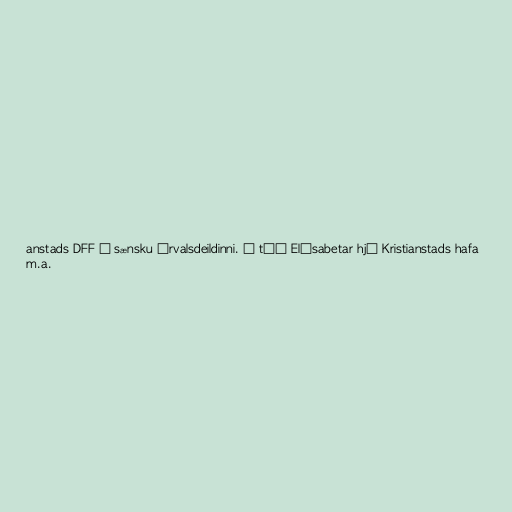
anstads DFF í sænsku úrvalsdeildinni. Í tíð Elísabetar hjá Kristianstads hafa
m.a.